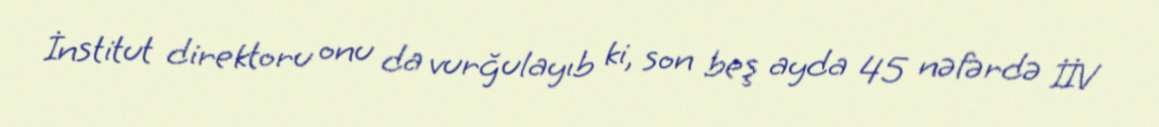
İnstitut direktoru onu da vurğulayıb ki, son beş ayda 45 nəfərdə İİV